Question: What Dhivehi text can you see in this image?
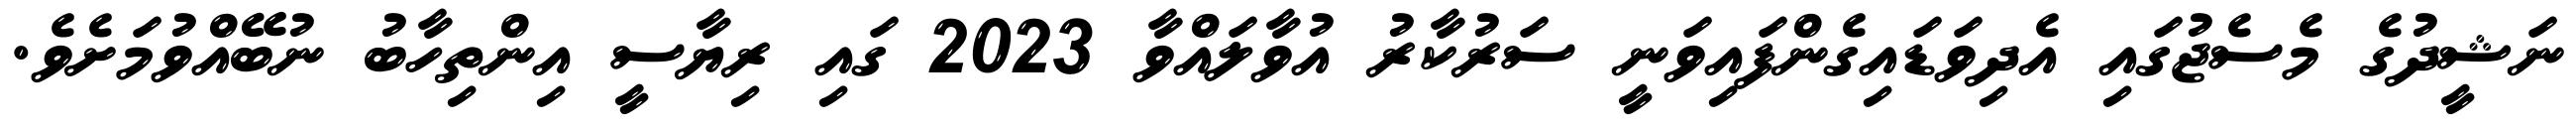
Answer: ނަޝީދުގެ މެސެޖުގައި އެދިވަޑައިގެންފައިވަނީ ސަރުކާރު އުވާލައްވާ 2023 ގައި ރިޔާސީ އިންތިހާބު ނުބޭއްވުމަށެވެ.